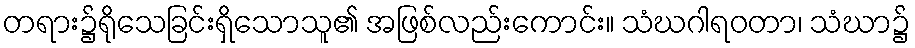
တရား၌ရိုသေခြင်းရှိသောသူ၏ အဖြစ်လည်းကောင်း။ သံဃဂါရဝတာ၊ သံဃာ၌